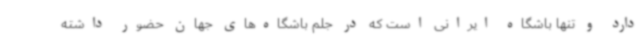
دارد و تنها باشگاه ایرانی است که در جلم باشگاه‌های جهان حضور داشته